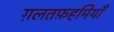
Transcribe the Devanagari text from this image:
ग़लतफ़हमियाँ